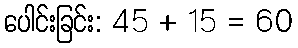
ပေါင်းခြင်း: 45 + 15 = 60